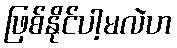
ဖြစ်နိုင်ပါ့မလဲဟ